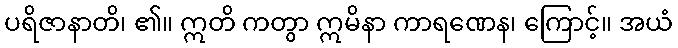
ပရိဇာနာတိ၊ ၏။ ဣတိ ကတွာ ဣမိနာ ကာရဏေန၊ ကြောင့်။ အယံ